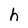
Character: h